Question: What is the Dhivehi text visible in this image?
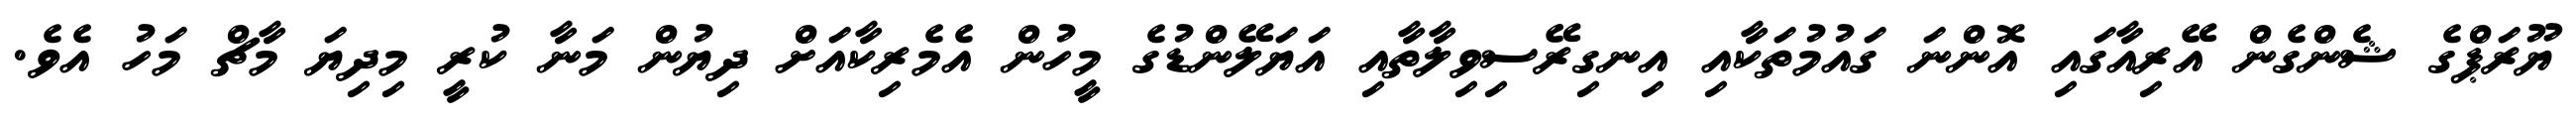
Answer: ޔޫރަޕްގެ ޝެންގެން އޭރިއާގައި އޮންނަ ގައުމުތަކާއި އިނގިރޭސިވިލާތާއި އަޔަލޭންޑުގެ މީހުން އެމެރިކާއަށް ދިޔުން މަނާ ކުރީ މިދިޔަ މާޗް މަހު އެވެ.